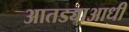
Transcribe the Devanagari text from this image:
आतड्याआधी